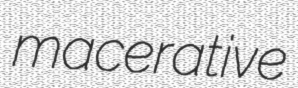
macerative